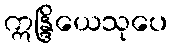
ဣန္ဒြိယေသုပေ